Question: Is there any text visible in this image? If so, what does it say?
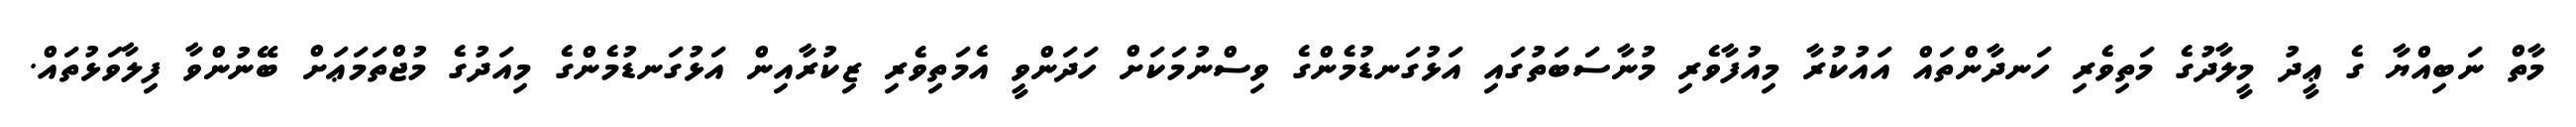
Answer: މާތް ނަބިއްޔާ ގެ ޢީދު މީލާދުގެ މަތިވެރި ހަނދާންތައް އައުކުރާ މިއުފާވެރި މުނާސަބަތުގައި އަޅުގަނޑުމެންގެ ވިސްނުމަކަށް ހަދަންވީ އެމަތިވެރި ޒިކުރާއިން އަޅުގަނޑުމެންގެ މިއަދުގެ މުޖްތަމަޢަށް ބޭނުންވާ ފިލާވަޅުތައް.